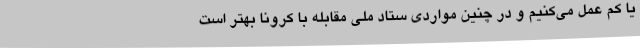
یا کم عمل می‌کنیم و در چنین مواردی ستاد ملی مقابله با کرونا بهتر است